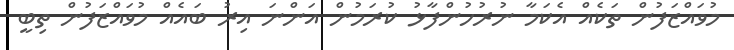
މުވައްޒަފުން ތަކެއް އެކަމާ ނުރުހުންފާޅު ކުރަމުން އަންނަ އިރު ބައެއް މުވައްޒަފުން ތިބީ